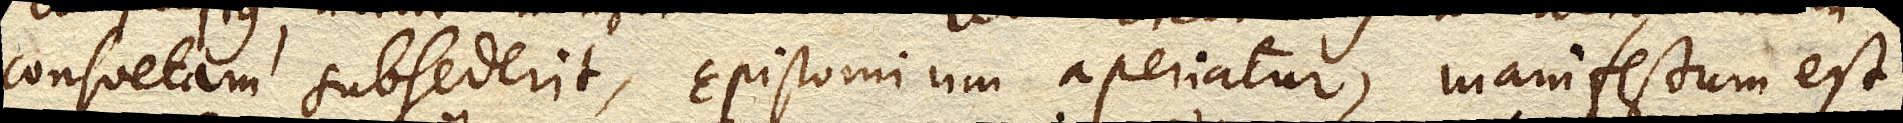
consuetam subsederit, Epistomium aperiatur, manifestum est